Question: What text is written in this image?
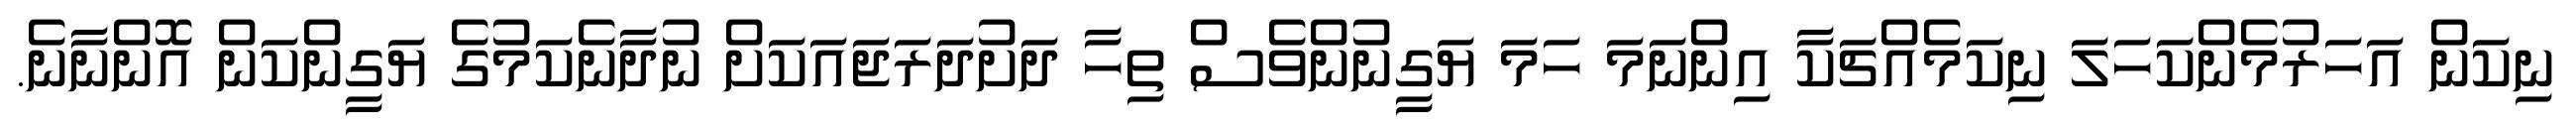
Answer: ނިކަން އަހަރުމެންކަހަލަ ނިކަމެއްޗަކާ އިންނަމަ ހަމަ ޔަގީނުންވެސް ތިހާ ދަށުދަރަޖައަކަށް ނުދާނެކަމުގެ ޔަގީންކަން އޮންނާނެ.